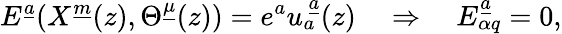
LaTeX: E^{\underline{{a}}}(X^{\underline{{m}}}(z),\Theta^{\underline{{\mu}}}(z))=e^{a}u_{a}^{~\underline{{a}}}(z)\quad\Rightarrow\quad E_{\alpha q}^{\underline{{a}}}=0,